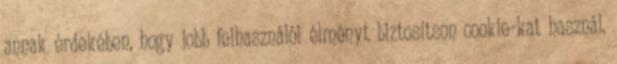
annak érdekében, hogy jobb felhasználói élményt biztosítson cookie-kat használ.